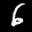
Label: 6